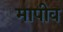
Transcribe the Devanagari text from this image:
मापीव